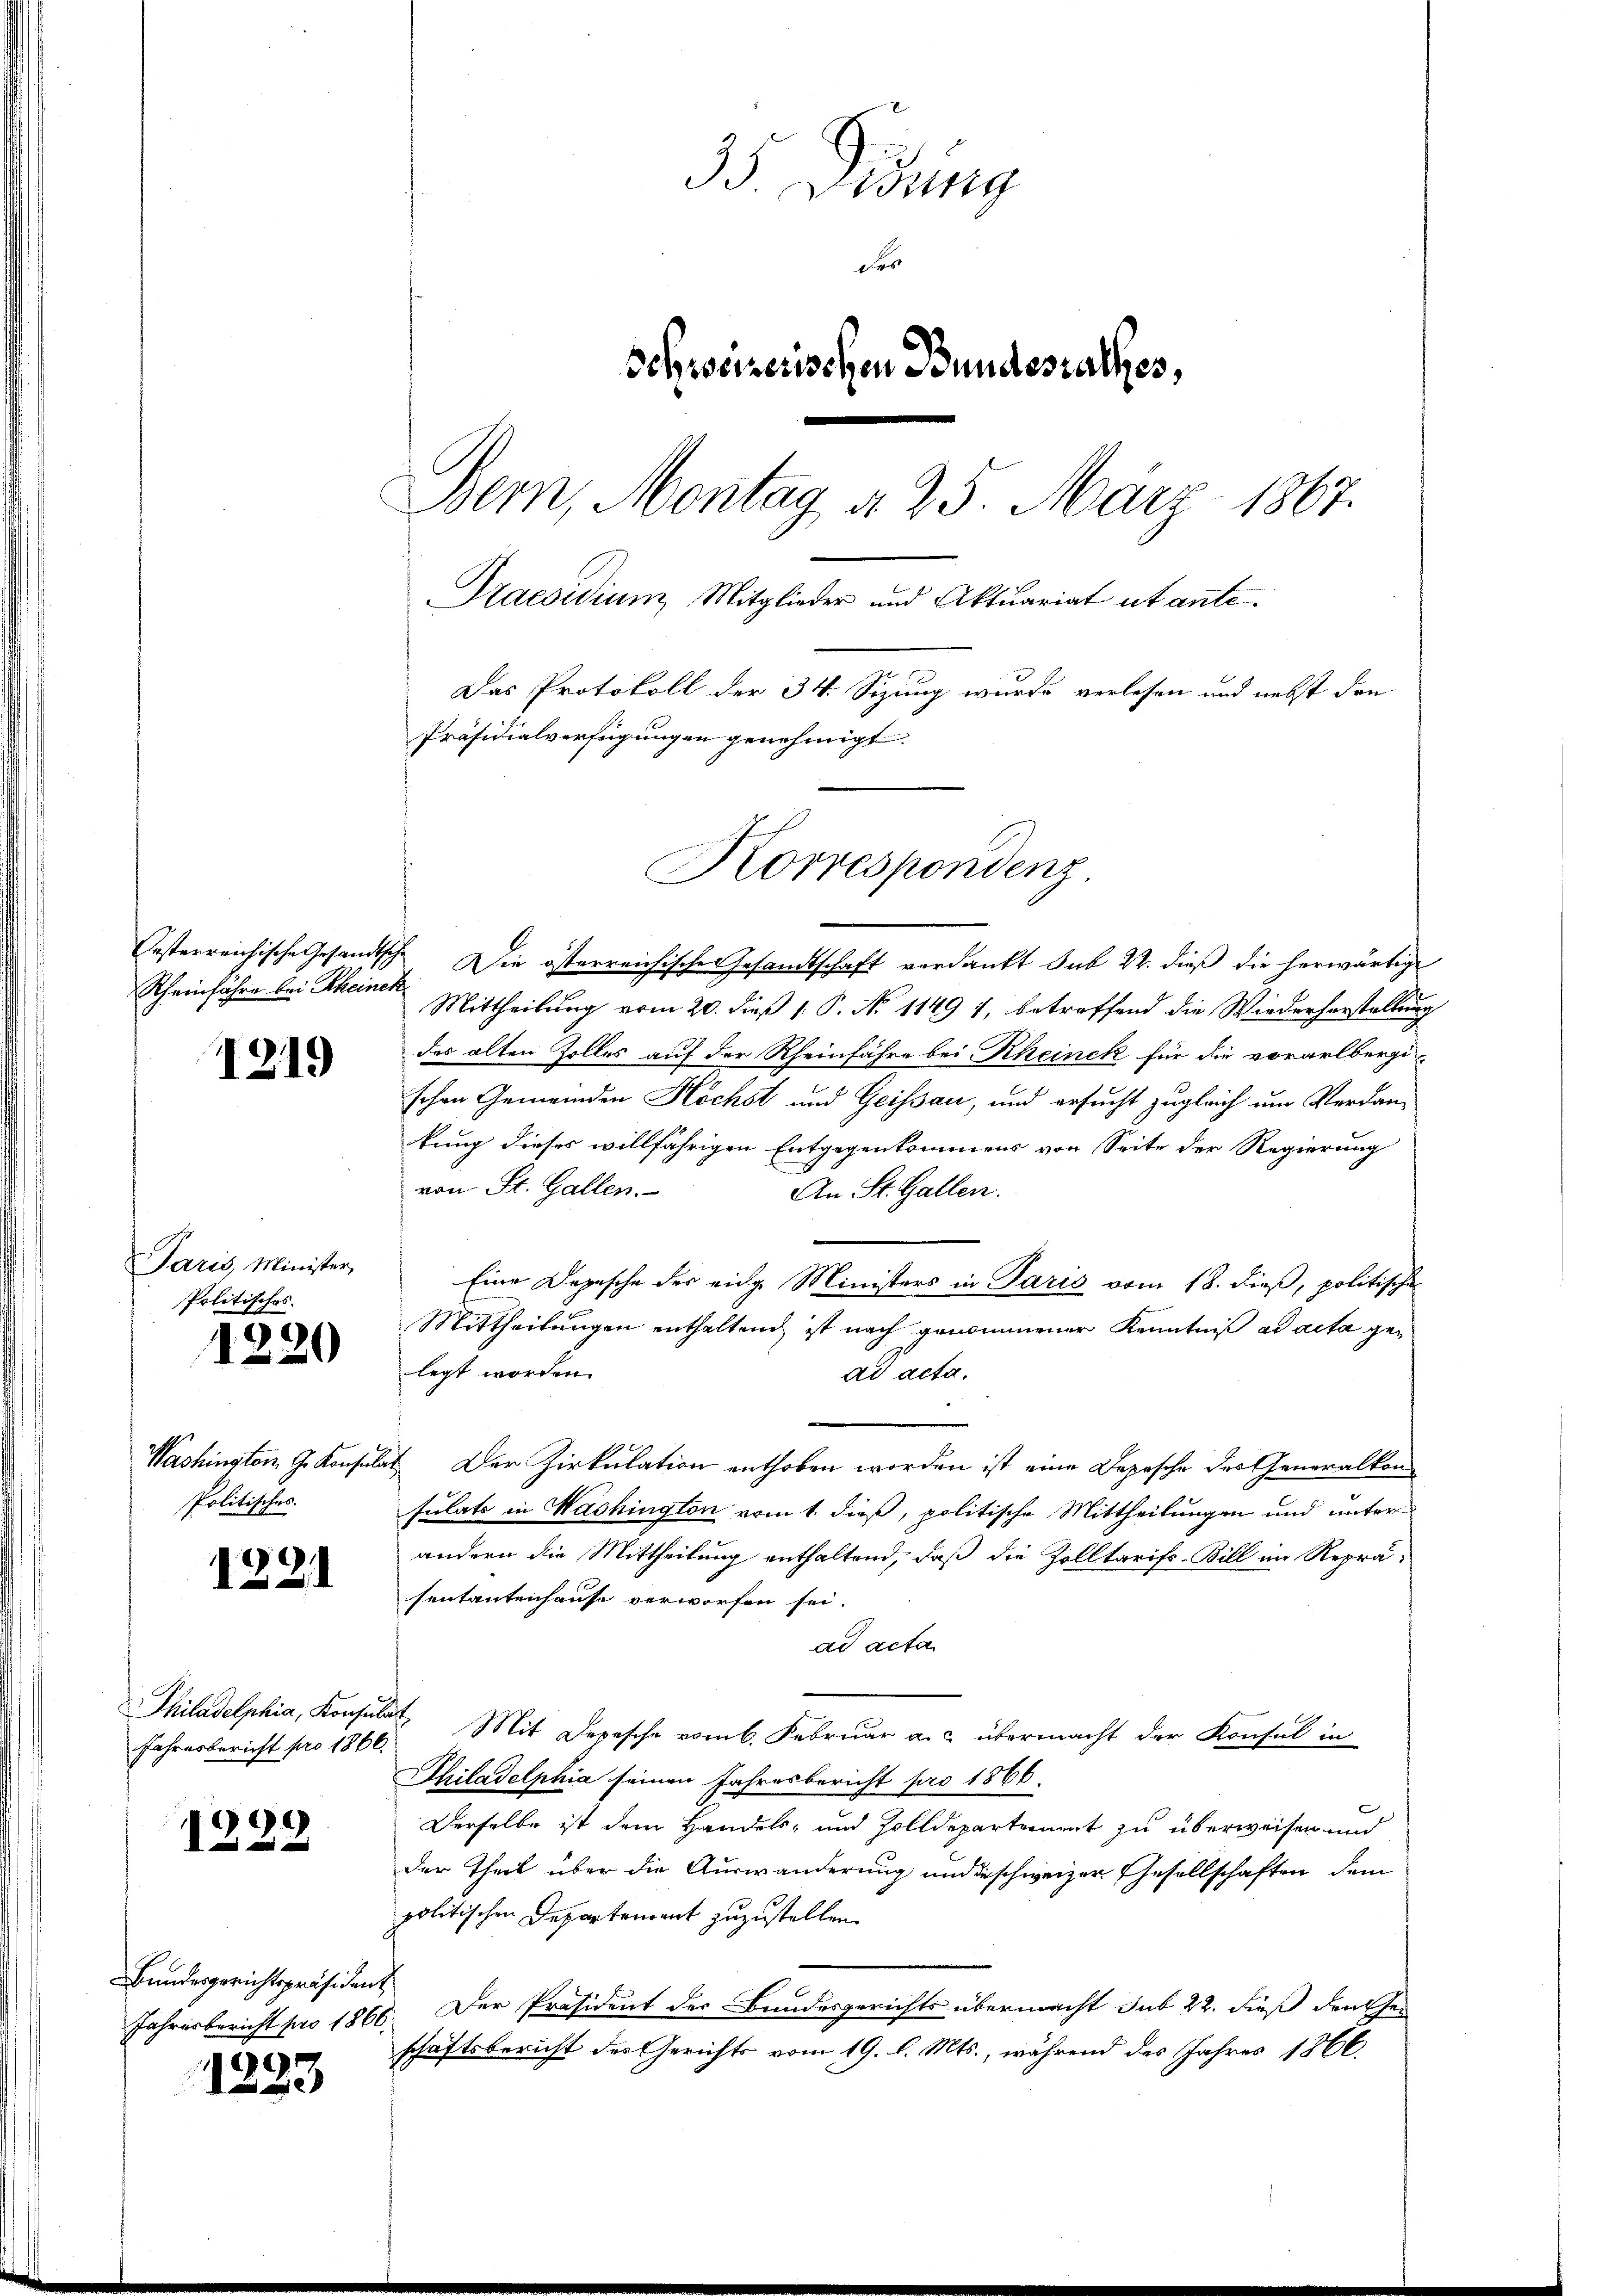
Rheinfahre bei Rheinek

1219

Paris, Minister,
Politisches.

1220

Politisches.

1221

Jahresbericht pro 1866.

1222

Bundesgerichtspräsident

.
223

33. Lesung
Fe
Schweizerischen Bundesrathes,
Bern, Montag a. 25. März 1867.
Praesidium, Mitglieder und Aktuariat utante.
Das Protokoll der 34. Sizung wurde verlesen und nebst den
Präsidialverfügungen genehmigt.
Korrespondenz

Oesterreichische Gesandtsche Die österreichischeresandtschaft verdankt sub 22. dieß die herwärtige
Mittheilung vom 20. dieß 1. P. No 1149 7, betreffend die Wiederherstellung
das alten Zolles auf der Rheinfahre bei Rheinek für die vorarlbergi
schen Gemeinden Höchst und Geissau, und ersucht zugleich um Verdan-
kung dieses willfährigen Entgegenkommens von Seite der Regierung
von St. Gallen.
An St. Gallen.
Eine Depesche der eidge Ministers in Paris vom 18. dieß, politischen
Mittheilungen enthaltend ist nach genommener Kenntniß ad acta gelegt worden.
ad acta.
Washington G. Konsulat Der Zirkulation enthoben worden ist eine Depesche des Generalkon
sulats in Washington vom 1. dieß, politische Mittheilungen und unter
andern die Mittheilung enthaltend, daß die Zolltarifs-Bill im Repräsentantenhause verworfen sei.
ad acta
Philadelphia, Konsulat Mit Depesche vom 6. Februar a. a. übermacht der Konsul in
Philadelphia seinen Jahresbericht pro 1866.
Derselbe ist dem Handels- und Zolldepartreuert zu überweisen und
der Theil über die Auswanderung und beschweizer Gesellschaften dem
politischen Departenrent zuzustellen.
Jahresbericht pro 1860. Der Präsident des Bundesgerichts übermacht sub 22. dieß den Geschaftsbericht des Gerichts vom 19. d. Mts., während des Jahres 1866.